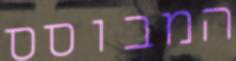
המבוסס